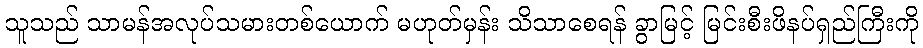
သူသည် သာမန်အလုပ်သမားတစ်ယောက် မဟုတ်မှန်း သိသာစေရန် ခွာမြင့် မြင်းစီးဖိနပ်ရှည်ကြီးကို